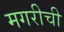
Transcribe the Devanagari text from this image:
मगरीची